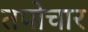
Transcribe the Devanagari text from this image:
तपोचार